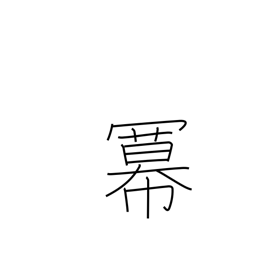
Meaning: exponent